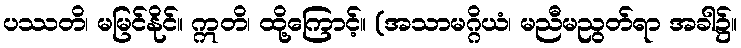
ပဿတိ၊ မမြင်နိုင်။ ဣတိ၊ ထို့ကြောင့်။ (အသာမဂ္ဂိယံ၊ မညီမညွတ်ရာ အခါ၌။